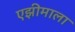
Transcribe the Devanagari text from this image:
एझीमाला